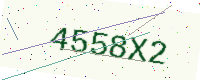
Text: 4558X2